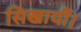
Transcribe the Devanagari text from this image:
सिखायीं।